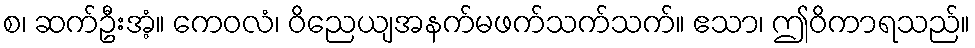
စ၊ ဆက်ဦးအံ့။ ကေဝလံ၊ ဝိညေယျအနက်မဖက်သက်သက်။ ဧသာ၊ ဤဝိကာရသည်။